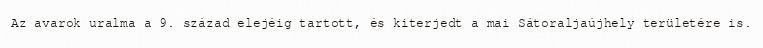
Az avarok uralma a 9. század elejéig tartott, és kiterjedt a mai Sátoraljaújhely területére is.